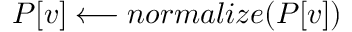
P [ v ] \longleftarrow n o r m a l i z e ( P [ v ] )